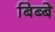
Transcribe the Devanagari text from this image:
बिब्बे